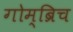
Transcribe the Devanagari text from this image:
गोम्ब्रिच